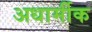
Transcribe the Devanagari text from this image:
अधार्मीक